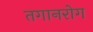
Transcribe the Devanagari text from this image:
तगानरोग